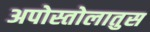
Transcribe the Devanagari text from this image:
अपोस्तोलातुस